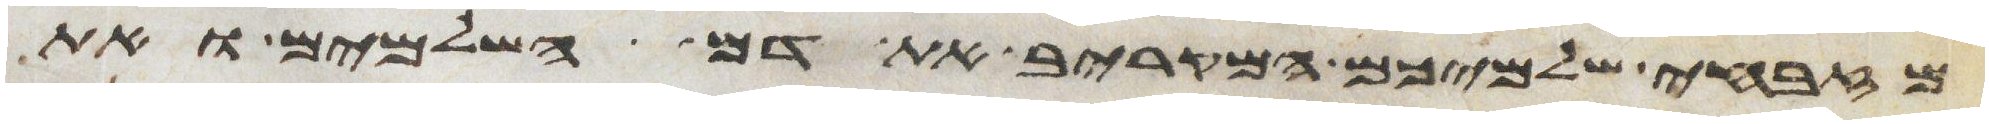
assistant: מזבחי שלמיכם המקריב את דם השלמים ואת